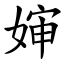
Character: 婶